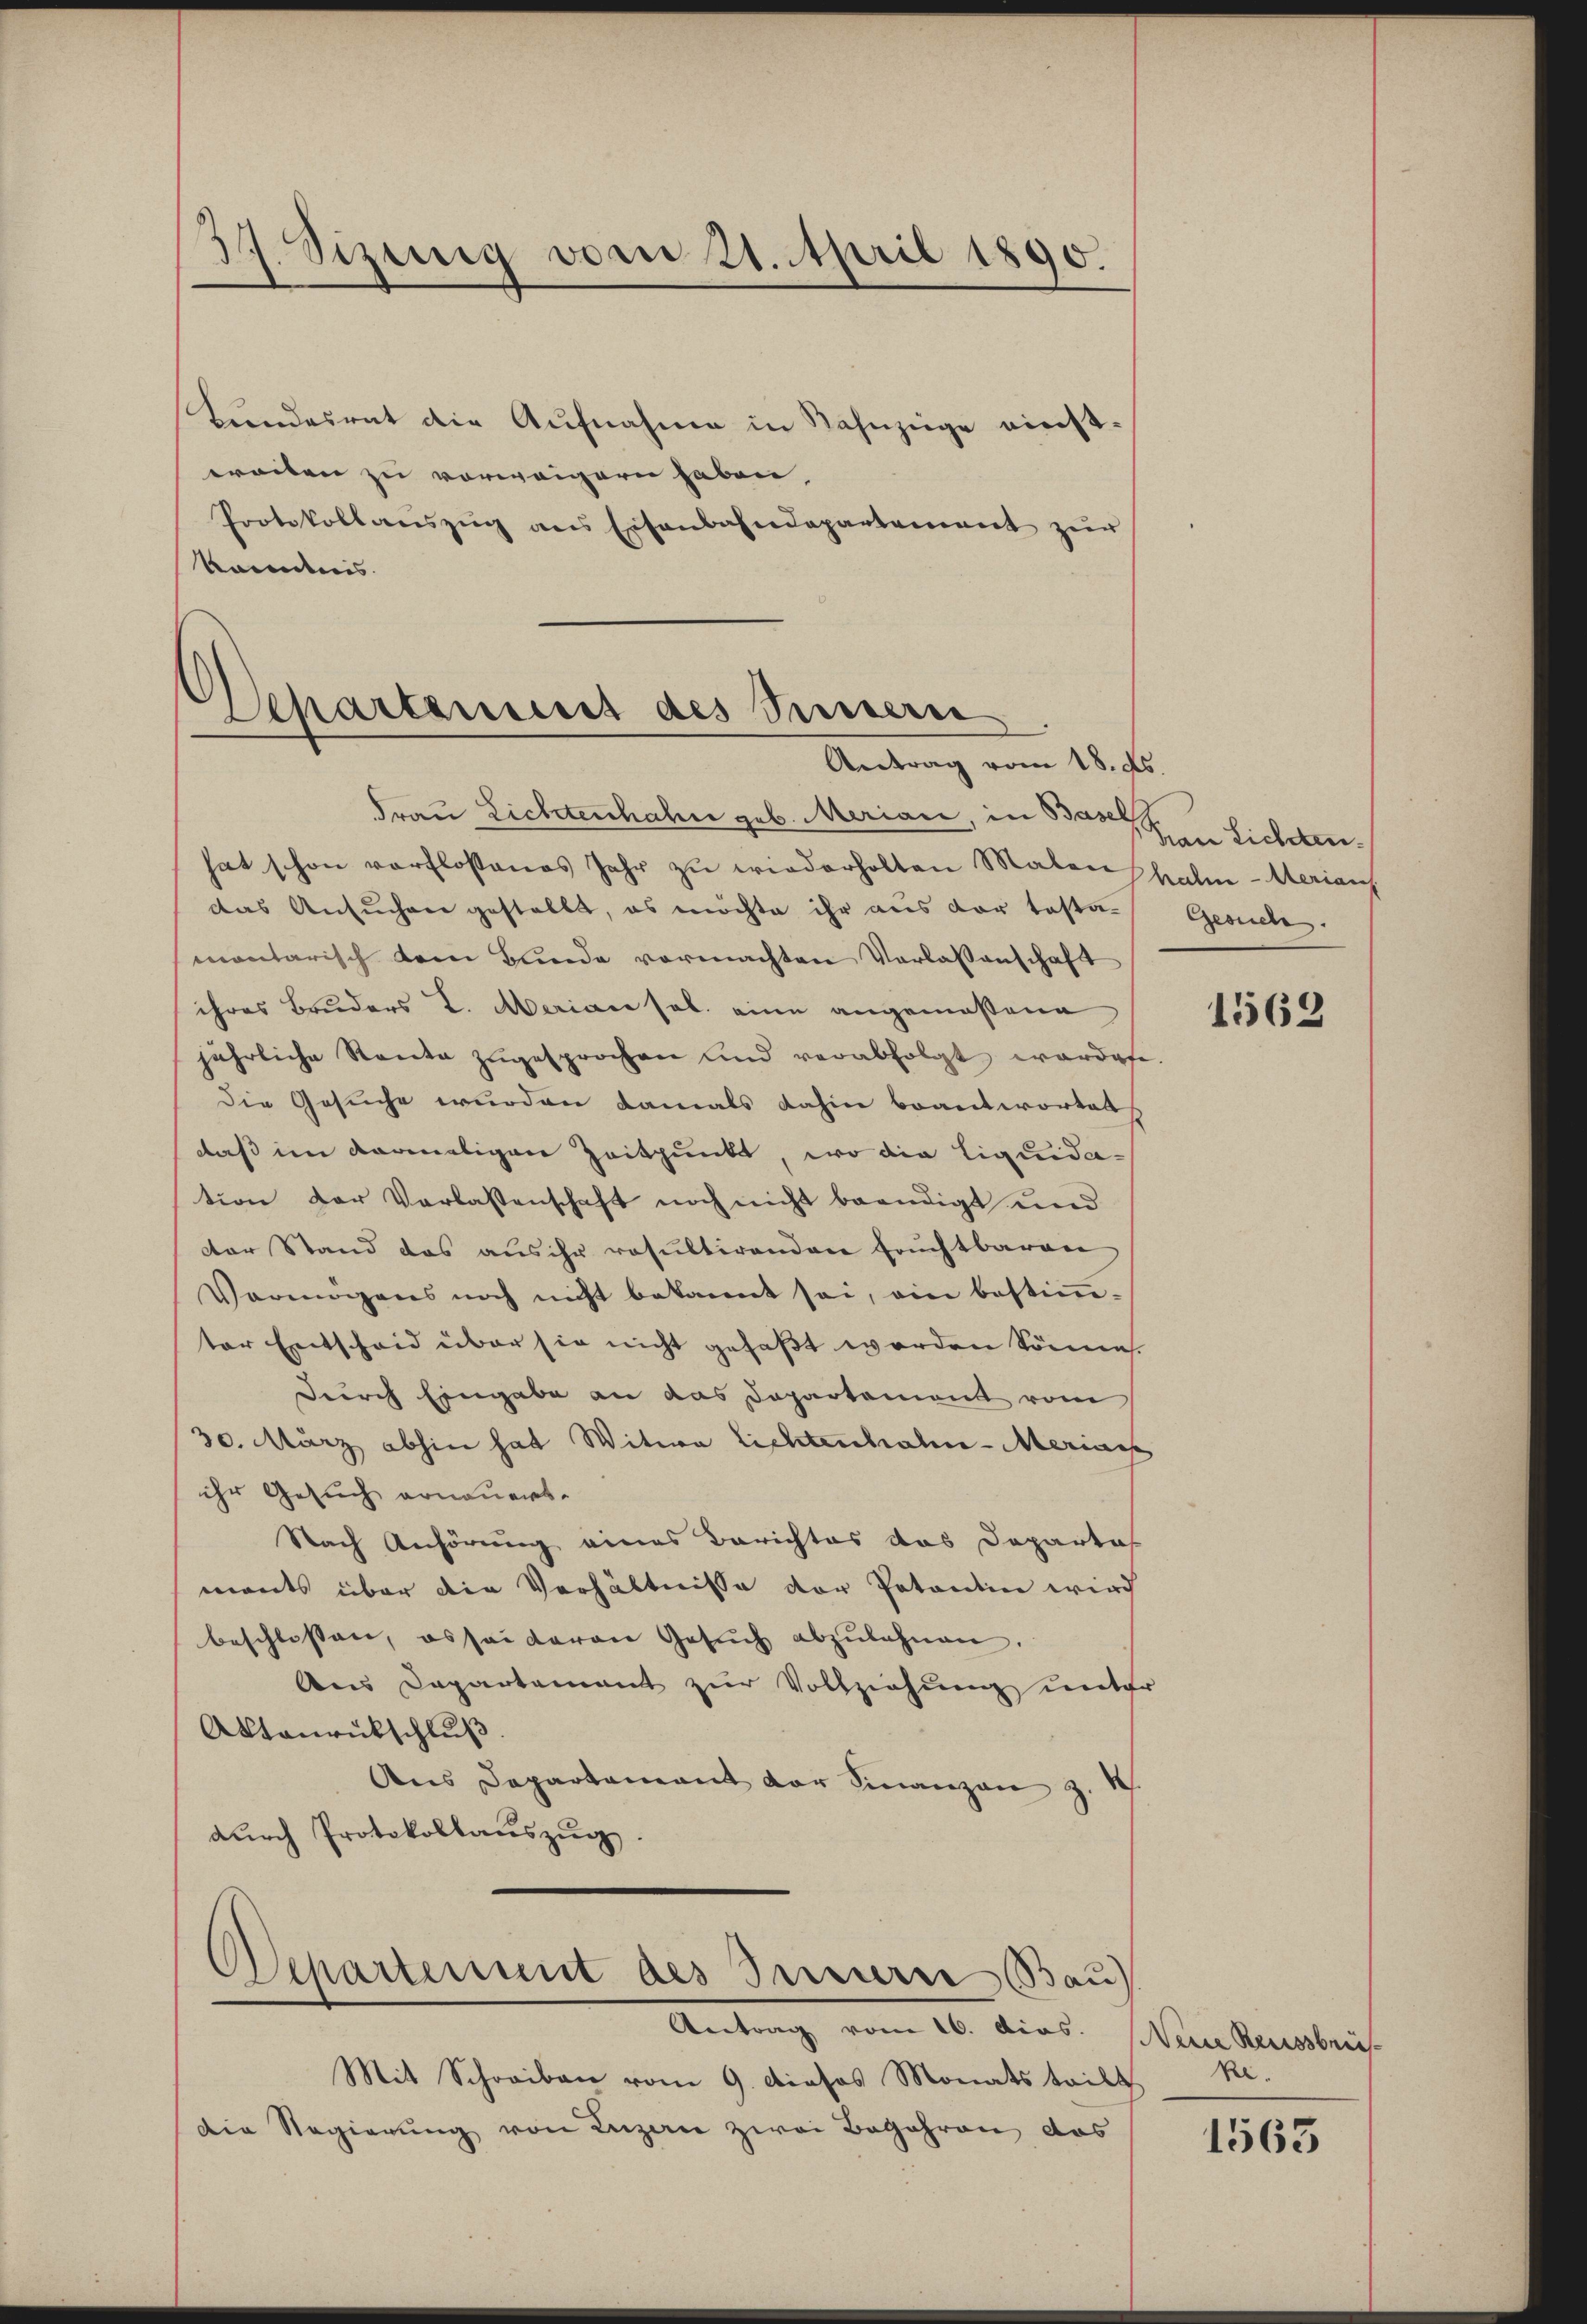
37. Sizung vom 21. April 1890.

Lundesrat die Aufnahme in Bahnzüge einstereiten zu vorweigern haben.
Protokollanszŭg ans Eisenbahndepartement zur
komentens

Separtement des Sennern
Antrag vom 18. ds.

Separtement des Serierre Bau
Antrag vom 16. dias.

Frau Lichtenhahn geb. Merian, in Baselsein Lichtenhat schon verflossenes Jahr zŭ wiederholten Malen Thalm-Merians
das Ansuchen gestellt, es möchte ihr aus der testa-
montarisch dem Bunde vormachten Vorlassenschaft
ihres Bruders L. Meriane sol. eine angemeßene
jährliche Santa zugesprochen und verabfolgt wordete.
Die Gesuche wurden damals dahin beantwortet
daß im vormaligen Zeitpunkt, wo die Liquidation der Verlassenschaft noch nicht beendigt und
der Stand das aus ihr resultirenden Fruchtbaren
Vermögens noch nicht bekannt sei, ein bestiṁ-
ter Entscheid über sie nicht gefaßt worden könne.
durch Eingabe an das Departement vom
30. März abhin hat Witwe Lichtenhahn-Marian
ihr Gesuch erneuert.
Nach Anhörung eines Berichtes das Departal
mants über die Verhältnisse der Potantin wird
beschlossen, es sei daran Gesŭch abzŭlahnen.
Aus Departement zur Vollziehung unter
Aktanrückschlŭβ
Aus Departement der Finanzen z.
dŭrch Protokollauszug.

Mit Schreiben vom 9. dieses Monats teilt. R.
Die Regierung von Luzern zwei Begehren das

Gesuche.

1562

Nein Reussbrü¬

1563